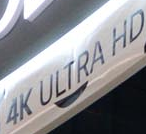
4K ULTRA HD